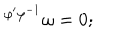
{ } ^ { \varphi ^ { \prime } \varphi ^ { - 1 } } \omega = 0 ;